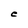
Character: C